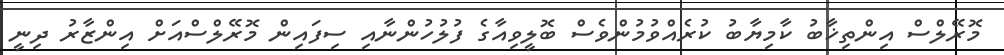
މޮރޭލްސް އިންތިޚާބު ކާމިޔާބު ކުރެއްވުމުންވެސް ބޮލީވިއާގެ ފުލުހުންނާއި ސިފައިން މޮރޭލްސްއަށް އިންޒާރު ދިނީ